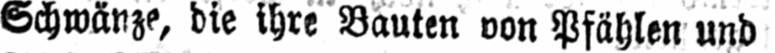
Schwänze, die ihre Bauten von Pfählen und